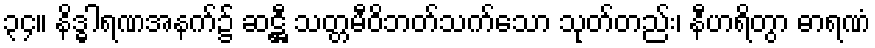
၃၄။ နိဒ္ဓါရဏအနက်၌ ဆဋ္ဌီ သတ္တမီဝိဘတ်သက်သော သုတ်တည်း၊ နီဟရိတွာ ဓာရဏံ